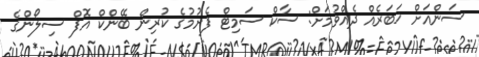
ސަންއަށް ޚަބަރެއް ދެއްވުމަށް: ސާކް ސަމިޓް ފެށުމުގެ ކުރިން ބޭންކް އޮފް ސިލޯންގެ